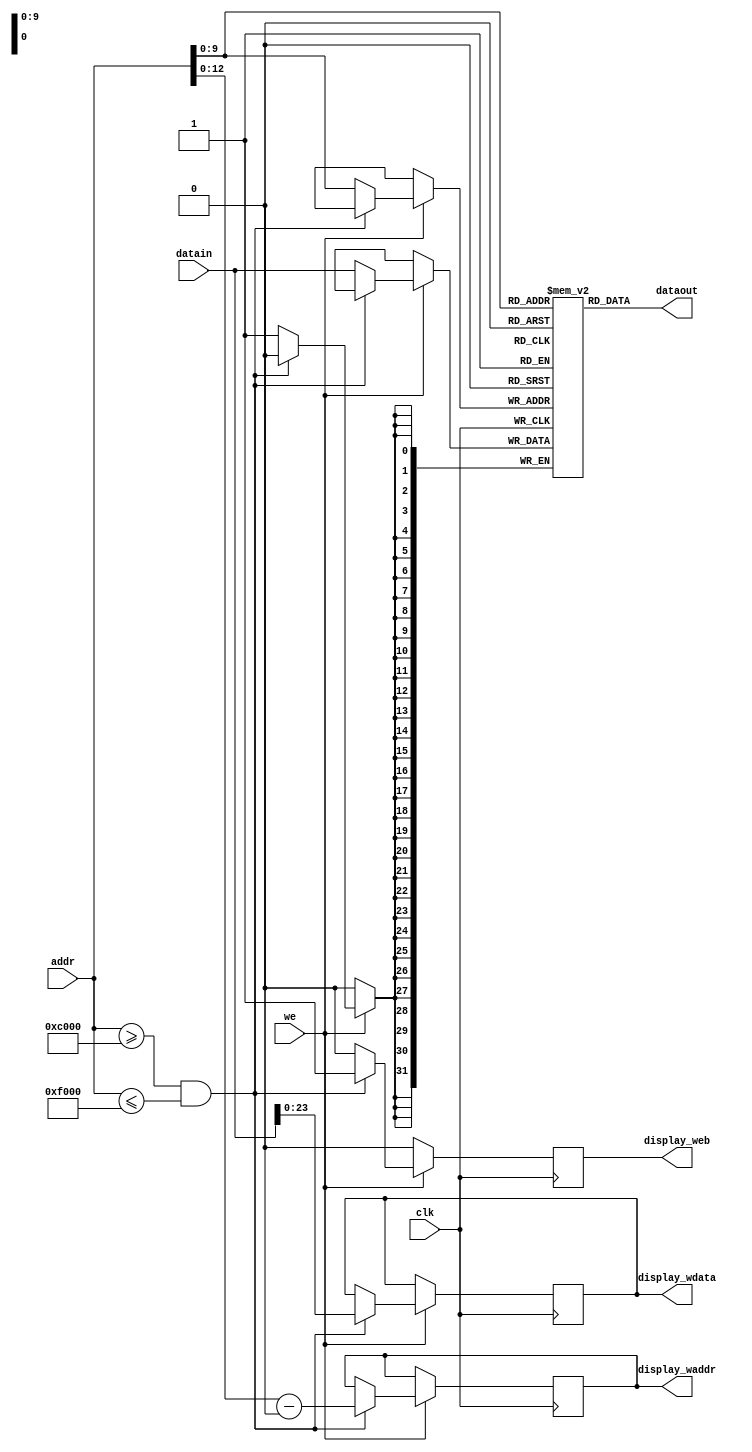
module ram(input clk,
           input [15:0] addr, input [31:0] datain, input we,
           output [31:0] dataout,
           output reg [12:0] display_waddr,
           output reg [23:0] display_wdata,
           output reg display_web);

    reg [31:0] mem[1023:0];

    assign dataout = mem[addr];

    always @(posedge clk) begin
        if (we) begin
            if (addr >= 16'hC000 && addr <= 16'hF000) begin
                display_waddr <= addr - 16'hC000;
                display_wdata <= datain[23:0];
                display_web <= 1'b1;
            end else begin
                mem[addr] = datain;
                display_web <= 1'b0;
            end
        end else begin
            display_web <= 1'b0;
        end
    end
endmodule